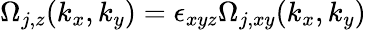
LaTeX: \Omega_{j,z}(k_{x},k_{y})=\epsilon_{xyz}\Omega_{j,xy}(k_{x},k_{y})